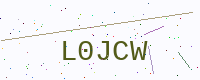
Text: L0JCW